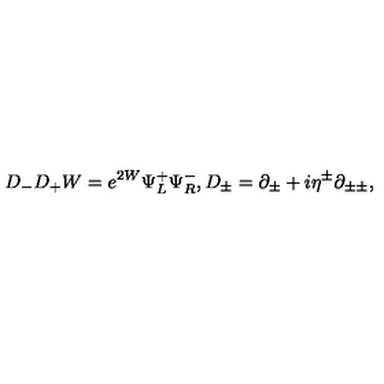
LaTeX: D _ { - } D _ { + } W = e ^ { 2 W } \Psi _ { L } ^ { + } \Psi _ { R } ^ { - } , D _ { \pm } = \partial _ { \pm } + i \eta ^ { \pm } \partial _ { \pm \pm } ,